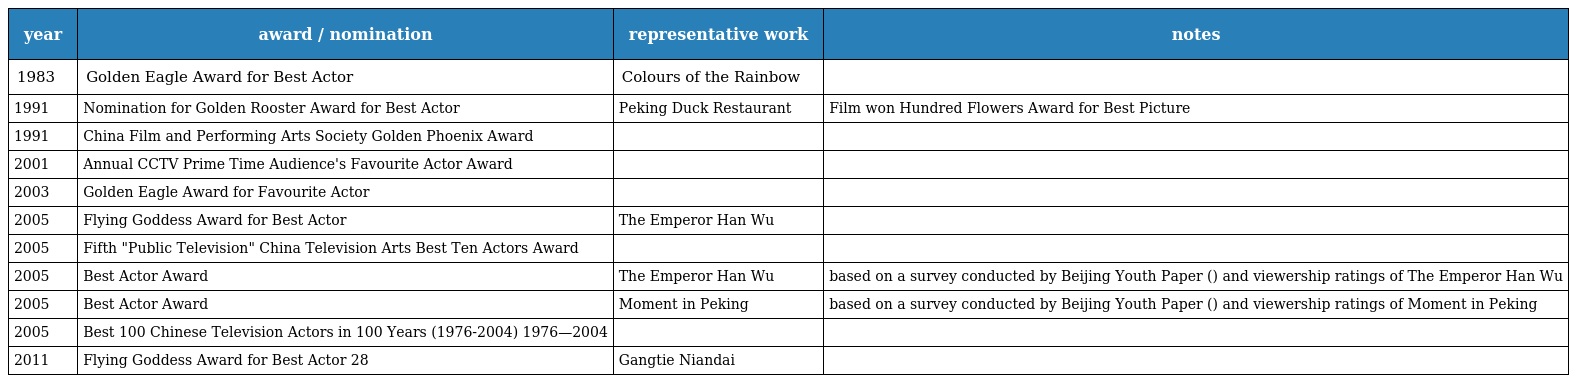
| year | award / nomination | representative work | notes |
 | --- | --- | --- | --- |
 | 1983 | Golden Eagle Award for Best Actor | Colours of the Rainbow |  |
 | 1991 | Nomination for Golden Rooster Award for Best Actor | Peking Duck Restaurant | Film won Hundred Flowers Award for Best Picture |
 | 1991 | China Film and Performing Arts Society Golden Phoenix Award 中国电影表演艺术学会奖金凤凰奖 |  |  |
 | 2001 | Annual CCTV Prime Time Audience's Favourite Actor Award 年度中央电视台黄金时间观众最喜爱的优秀电视剧演员 |  |  |
 | 2003 | Golden Eagle Award for Favourite Actor |  |  |
 | 2005 | Flying Goddess Award for Best Actor 飞天奖优秀男演员奖 | The Emperor Han Wu |  |
 | 2005 | Fifth "Public Television" China Television Arts Best Ten Actors Award 第五届《大众电视》中国电视艺术双十佳演员 |  |  |
 | 2005 | Best Actor Award 最佳男主演 | The Emperor Han Wu | based on a survey conducted by Beijing Youth Paper (北京青年报) and viewership ratings of The Emperor Han Wu |
 | 2005 | Best Actor Award 最佳男主演 | Moment in Peking | based on a survey conducted by Beijing Youth Paper (北京青年报) and viewership ratings of Moment in Peking |
 | 2005 | Best 100 Chinese Television Actors in 100 Years (1976-2004) 中国电影百年百位优秀演员（1976—2004） |  |  |
 | 2011 | Flying Goddess Award for Best Actor 第28届中国电视剧飞天奖优秀男演员奖 | Gangtie Niandai |  |